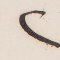
٢